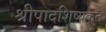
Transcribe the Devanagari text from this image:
श्रीपादशिष्यकृत